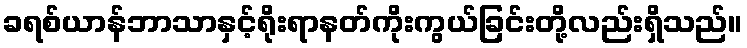
ခရစ်ယာန်ဘာသာနှင့်ရိုးရာနတ်ကိုးကွယ်ခြင်းတို့လည်းရှိသည်။